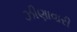
ઝીણાવારી